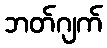
ဘတ်ဂျက်